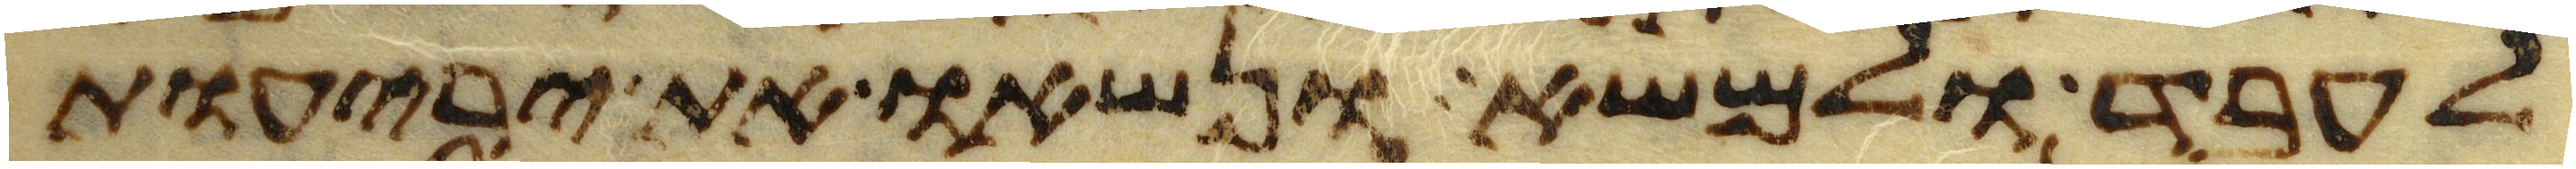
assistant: לעבד ולמשא ונשאו את יריעות